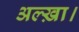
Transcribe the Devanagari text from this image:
अल्ख़ा।